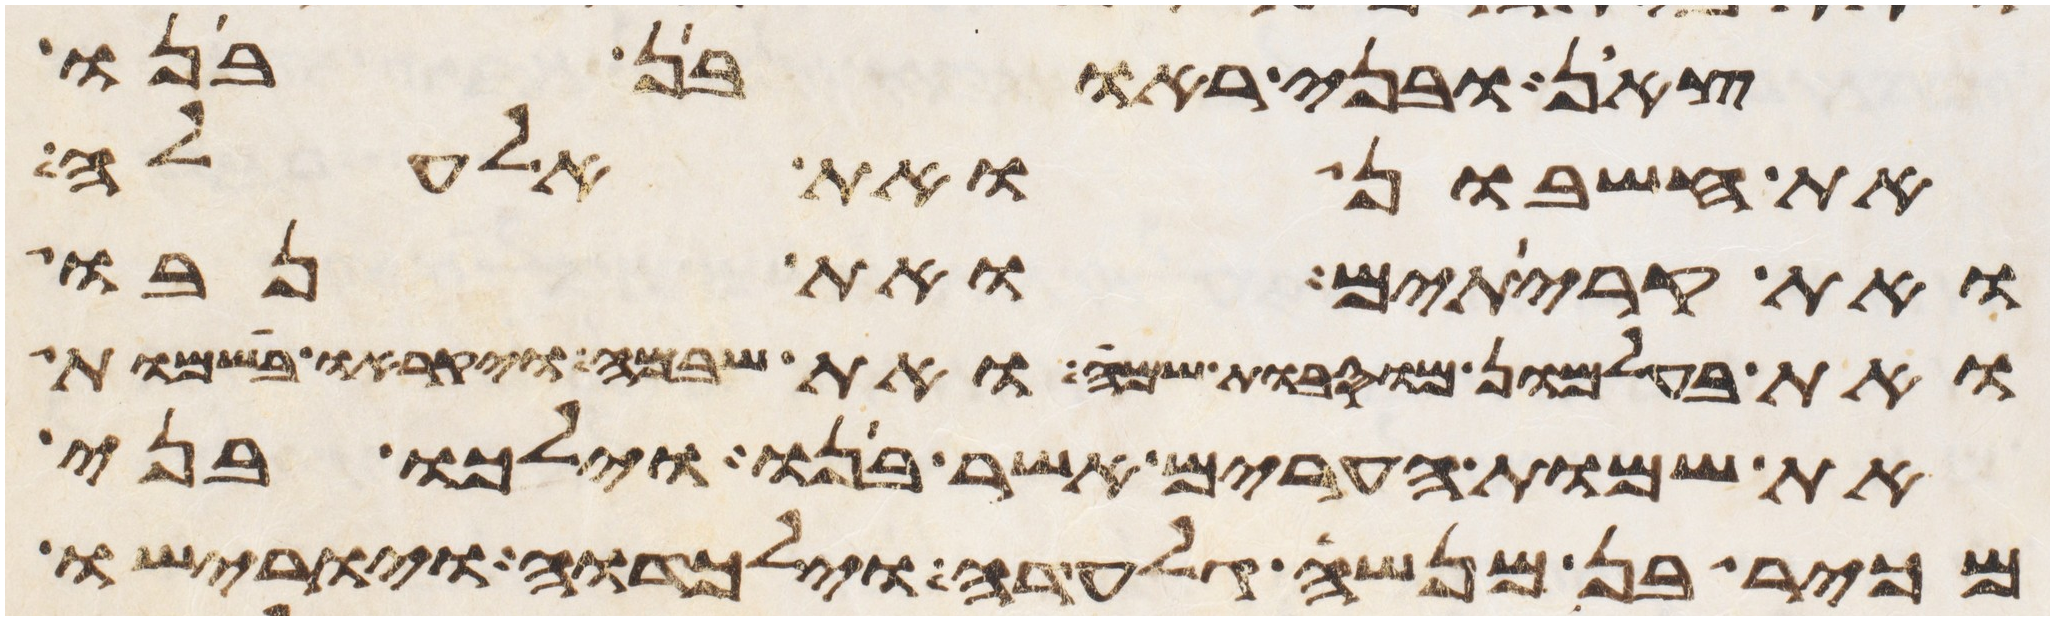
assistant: צאן ובני ראובן בנו
את חשבון ואת אלעלה
ואת קריתים ואת נבו
ואת בעל מעון מוסבות שם ואת שבמה ויקראו בשמות
את שמות הערים אשר בנו וילכו בני
מכיר בן מנשה גלעדה וילכדוה ויורישו